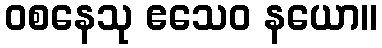
ဝစနေသု ဧသေဝ နယော။